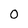
Character: 0